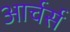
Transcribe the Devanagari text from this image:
आर्चर्स